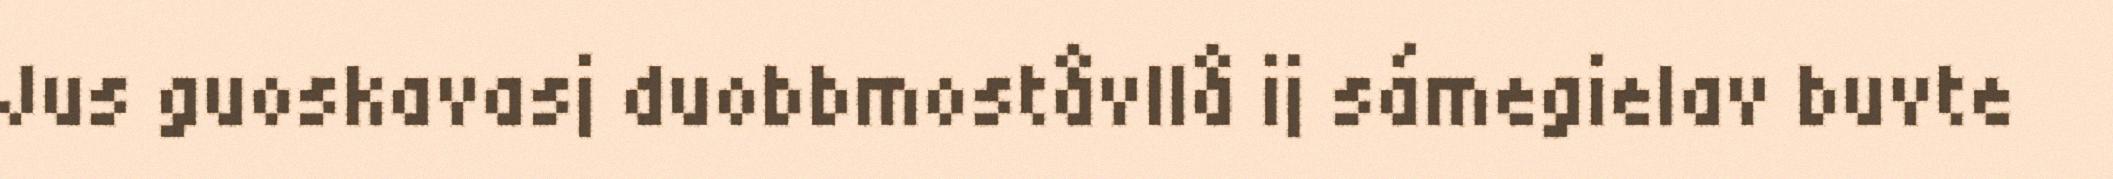
Jus guoskavasj duobbmoståvllå ij sámegielav buvte